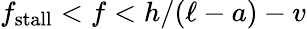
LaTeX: f_{\mathrm{stall}}<f<h/(\ell-a)-v